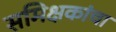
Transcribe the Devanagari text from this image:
समिक्षकांचा